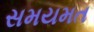
સમયમત